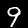
Label: 9